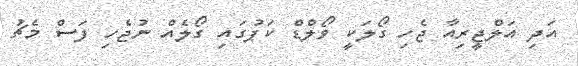
އަދި އަލްޖީރިއާ ޖެހި ގޯލަކީ ވޯލްޑް ކަޕުގައި ގޯލެއް ނުޖެހި ފަސް މެޗު